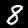
Digit: 8